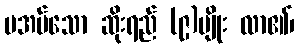
မအပ်သော ဆိုးရည် (၉)မျိုး လာ၏၊